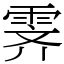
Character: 霁